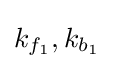
k_{f_{1}},k_{b_{1}}